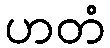
ဟတံ